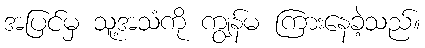
အပြင်မှ သူ့အသံကို ကျွန်မ ကြားနေခဲ့သည်။